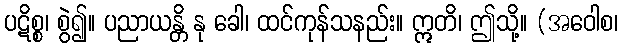
ပဋိစ္စ၊ စွဲ၍။ ပညာယန္တိ နု ခေါ၊ ထင်ကုန်သနည်း။ ဣတိ၊ ဤသို့။ (အဝေါစ၊